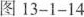
图13-1-14